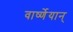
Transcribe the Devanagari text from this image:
वार्ष्णेयान्‌